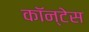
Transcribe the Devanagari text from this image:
कॉन्टेस